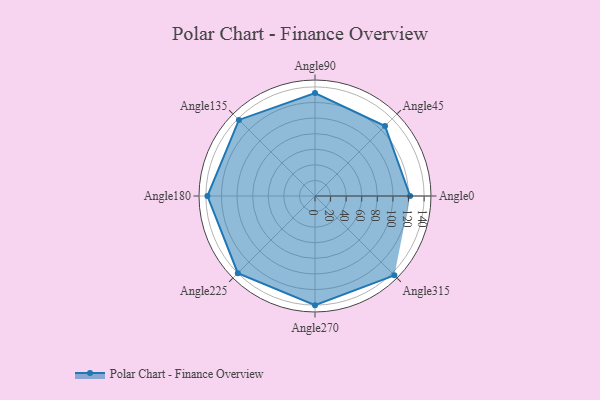
{"axis": {"x": "Angle", "y": "Radius"}, "legend": [""], "data": [{"x": "Angle0", "y": 122.0, "type": ""}, {"x": "Angle45", "y": 127.0, "type": ""}, {"x": "Angle90", "y": 132.0, "type": ""}, {"x": "Angle135", "y": 138.0, "type": ""}, {"x": "Angle180", "y": 138.0, "type": ""}, {"x": "Angle225", "y": 140.0, "type": ""}, {"x": "Angle270", "y": 140.0, "type": ""}, {"x": "Angle315", "y": 144.0, "type": ""}]}